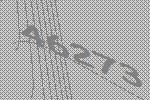
46273